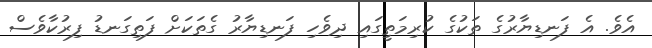
އެވެ. އެ ފަނޑިޔާރުގެ ތަކުގެ ކުރިމަތީގައި ދިވެހި ފަނޑިޔާރު ގެތަކަށް ފަތިގަނޑު ފިރުކާވެސް